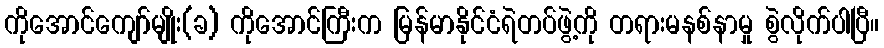
ကိုအောင်ကျော်မျိုး(ခ) ကိုအောင်ကြီးက မြန်မာနိုင်ငံရဲတပ်ဖွဲ့ကို တရားမနစ်နာမှု စွဲလိုက်ပါပြီ။